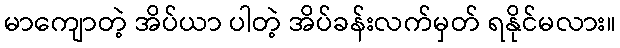
မာကျောတဲ့ အိပ်ယာ ပါတဲ့ အိပ်ခန်းလက်မှတ် ရနိုင်မလား။